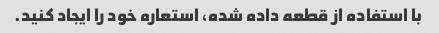
با استفاده از قطعه داده شده، استعاره خود را ایجاد کنید.